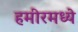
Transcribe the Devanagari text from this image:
हमीरमध्ये